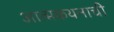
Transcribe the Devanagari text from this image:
आत्मकथनाची